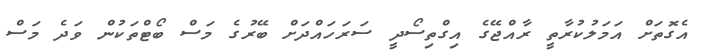
އެގޮތަށް އަމަލުކުރާތީ ރާއްޖޭގެ އިގްތިސޯދީ ސަރަހައްދަށް ބޭރުގެ މަސް ބޯޓްތަކުން ވަދެ މަސް